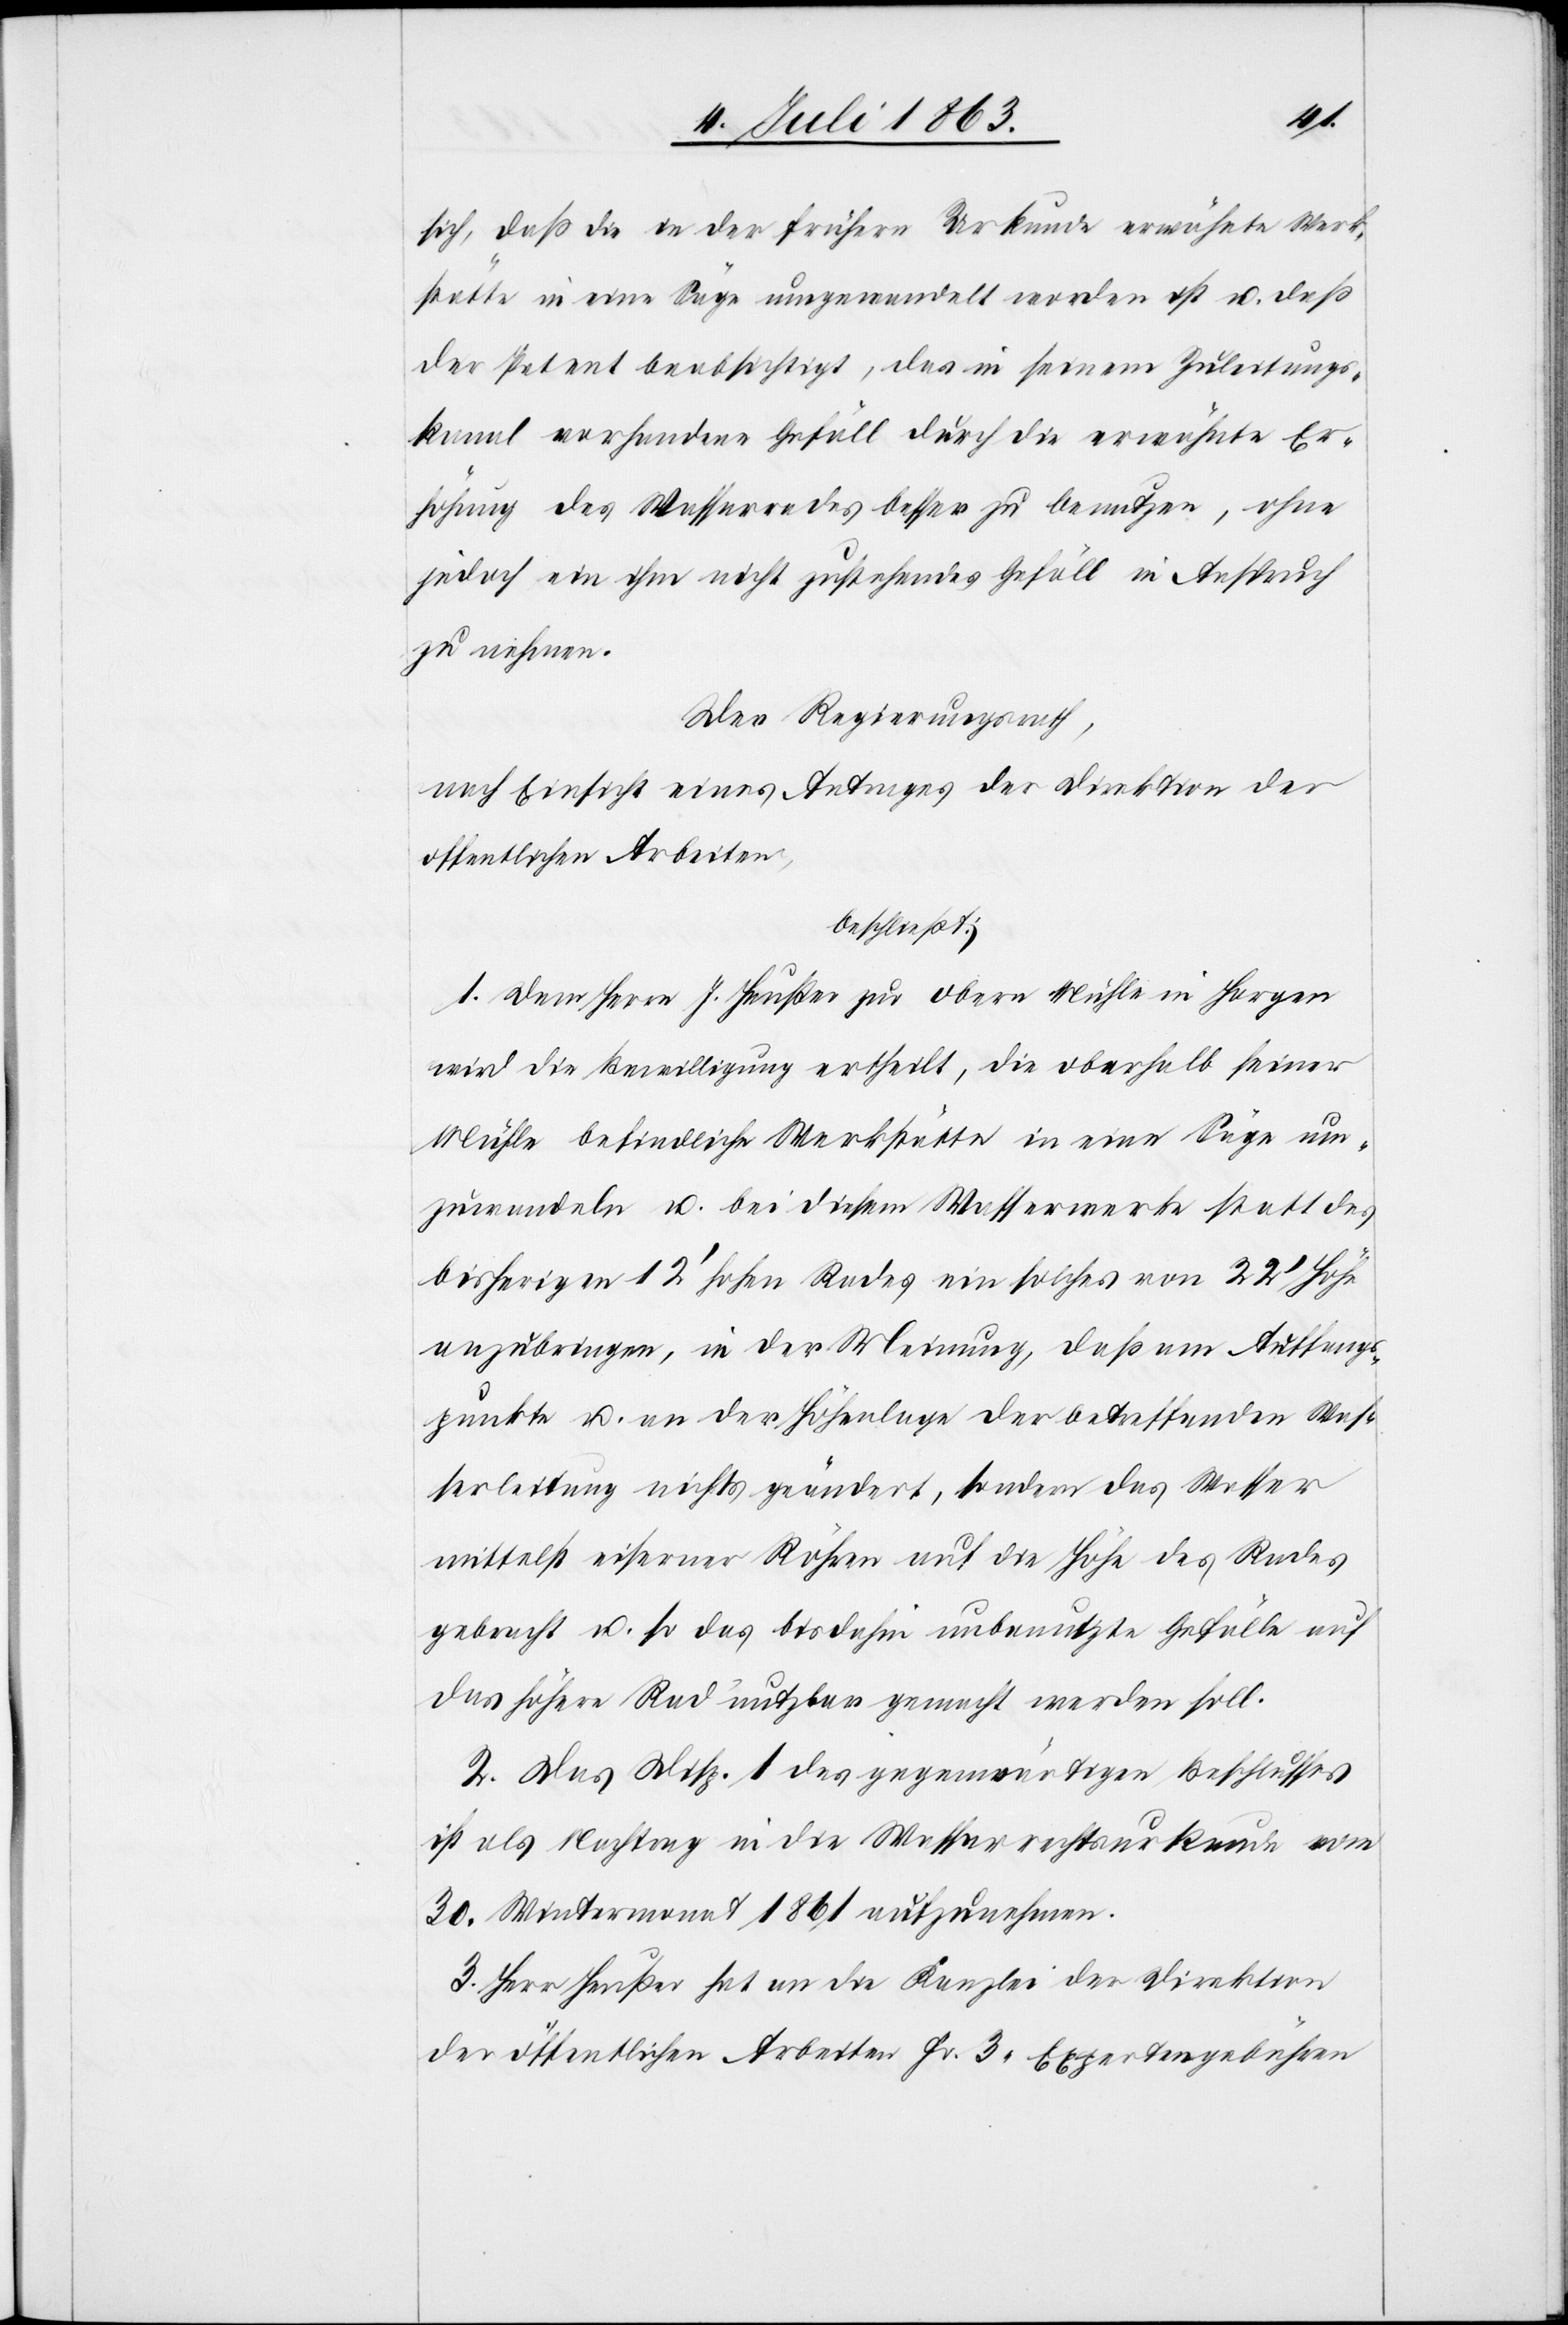
sich, daß die in der frühern Urkunde erwähnte Werk¬
stätte in eine Säge umgewandelt worden ist u. daß
der Petent beabsichtigt, das in seinem Zuleitungs¬
kanal vorhandene Gefäll durch die erwähnte Er¬
höhung des Wasserrades besser zu benutzen, ohne
jedoch ein ihm nicht zustehendes Gefäll in Anspruch
zu nehmen.
Der Regierungsrath,
nach Einsicht eines Antrages der Direktion der
öffentlichen Arbeiten,
beschließt:
1. Dem Herrn J. Heußer zur obern Mühle in Horgen
wird die Bewilligung ertheilt, die oberhalb seiner
Mühle befindliche Werkstätte in eine Säge um¬
zuwandeln u. bei diesem Wasserwerke statt des
bisherigen 12' hohen Rades ein solches von 22' Höhe
anzubringen, in der Meinung, daß am Auffangs¬
punkte u. an der Höhenlage der betreffenden Was¬
serleitung nichts geändert, sondern das Wasser
mittelst eiserner Röhren auf die Höhe des Rades
gebracht u. so das bisdahin unbenutzte Gefälle auf
das höhere Rad nutzbar gemacht werden soll.
2. Das Disp. 1 des gegenwärtigen Beschlusses
ist als Nachtrag in die Wasserrechtsurkunde vom
30. Wintermonat 1861 aufzunehmen.
3. Herr Heußer hat an die Kanzlei der Direktion
der öffentlichen Arbeiten Fr. 3. Expertengebühren